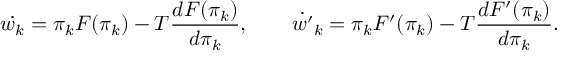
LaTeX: \dot { w _ { k } } = \pi _ { k } F ( \pi _ { k } ) - T { \frac { d { F ( \pi _ { k } ) } } { d \pi _ { k } } } , \qquad \dot { w ^ { \prime } } _ { k } = \pi _ { k } F ^ { \prime } ( \pi _ { k } ) - T { \frac { d { F ^ { \prime } ( \pi _ { k } ) } } { d \pi _ { k } } } .